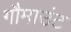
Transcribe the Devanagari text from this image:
गौमाउंट